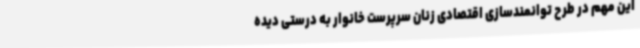
این مهم در طرح توانمندسازی اقتصادی زنان سرپرست خانوار به درستی دیده